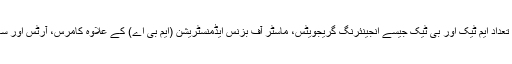
حیرت یہ ہے کہ درخواست دینے والوں میں بڑی تعداد ایم ٹیک اور بی ٹیک جیسے انجینئرنگ گریجویٹس، ماسٹر آف بزنس ایڈمنسٹریشن (ایم بی اے) کے علاوہ کامرس، آرٹس اور سائنس میں ڈگری اور ڈپلوما رکھنے والے کی ہے۔